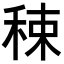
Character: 𥟈